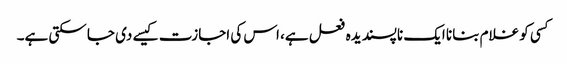
کسی کو غلام بنانا ایک ناپسندیدہ فعل ہے، اس کی اجازت کیسے دی جا سکتی ہے۔